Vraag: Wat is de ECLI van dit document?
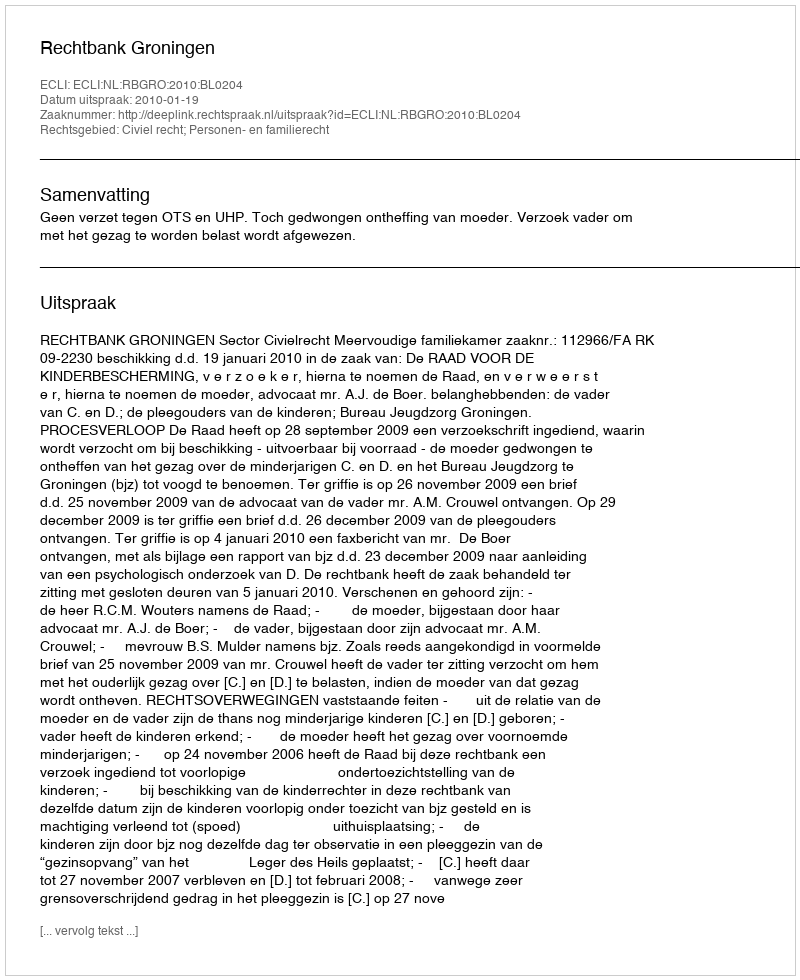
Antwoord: ECLI:NL:RBGRO:2010:BL0204